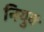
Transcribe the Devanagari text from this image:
नियुक्‍